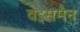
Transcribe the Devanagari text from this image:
वेइसमैन